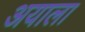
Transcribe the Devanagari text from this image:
अयाला